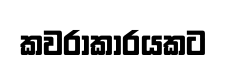
කවරාකාරයකට